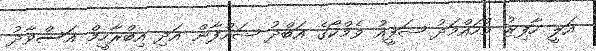
އަލީ ހާފިޒު މުހައްމަދު ޝަފީއު ވެމްކޯގެ އަބްދު ޝައްފާން އަދި އިބްރާހީމް އަސްވާދު